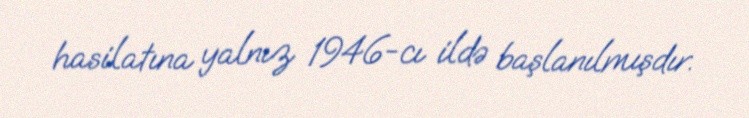
hasilatına yalnız 1946-cı ildə başlanılmışdır.